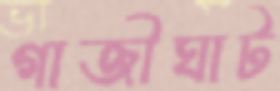
গাজীঘাট